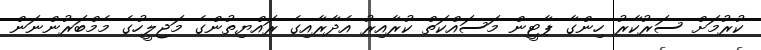
ކުރުމަށް ސަރުކާރު ހިންގާ ޕާޓީން މަސައްކަތް ކުރާއިރު އެދާރާއިގެ ރައްޔިތުންގެ މަޖިލީހުގެ މެމްބަރުންނަން